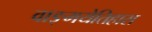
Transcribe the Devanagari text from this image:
वाङ्मयेतिहास